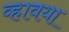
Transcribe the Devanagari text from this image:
व्हावया